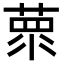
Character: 𦵺